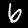
Digit: 6